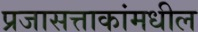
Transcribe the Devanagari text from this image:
प्रजासत्ताकांमधील